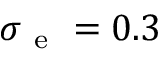
\sigma _ { \mathrm { ~ e ~ } } = 0 . 3